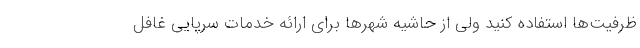
ظرفیت‌ها استفاده کنید ولی از حاشیه شهرها برای ارائه خدمات سرپایی غافل